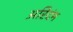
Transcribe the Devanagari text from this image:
अरिदंम